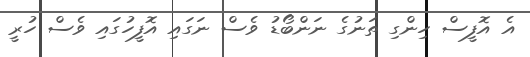
އެ އޮފީސް ހިންގި ތަނުގެ ނަންބޯޑު ވެސް ނަގައި އޮފީހުގައި ވެސް ހުރީ